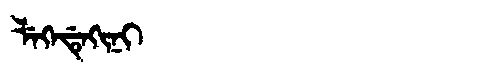
Manchu: ᠯᡝᡴᡝᡩᡝᡴᡳᠨᡳ
Romanization: LEKEDEKINI